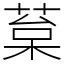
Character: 葈